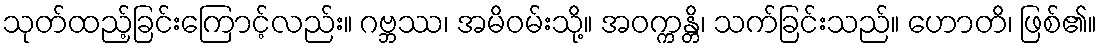
သုတ်ထည့်ခြင်းကြောင့်လည်း။ ဂဗ္ဘဿ၊ အမိဝမ်းသို့။ အဝက္ကန္တိ၊ သက်ခြင်းသည်။ ဟောတိ၊ ဖြစ်၏။